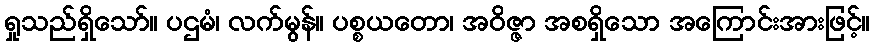
ရှုသည်ရှိသော်။ ပဌမံ၊ လက်မွန်။ ပစ္စယတော၊ အဝိဇ္ဇာ အစရှိသော အကြောင်းအားဖြင့်။